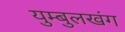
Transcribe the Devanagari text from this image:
युम्बुलखंग